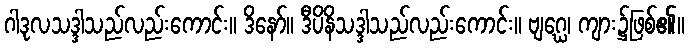
ဂါဒုလသဒ္ဒါသည်လည်းကောင်း။ ဒိနော်။ ဒီပိနိသဒ္ဒါသည်လည်းကောင်း။ ဗျဂ္ဃေ၊ ကျား၌ဖြစ်၏။